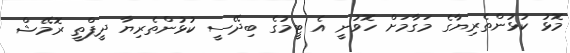
މޮޅު ކުޅުންތެރިޔާގެ މަގާމަށް ހޮވުނީ އެ ޓީމުގެ ބިދޭސީ ކުޅުންތެރިޔާ ދީޕްތީ ރޮމޭޝް